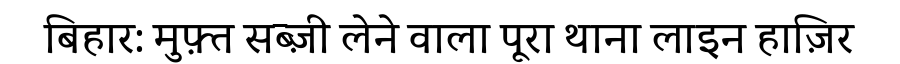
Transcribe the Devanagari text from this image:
बिहार: मुफ़्त सब्ज़ी लेने वाला पूरा थाना लाइन हाज़िर